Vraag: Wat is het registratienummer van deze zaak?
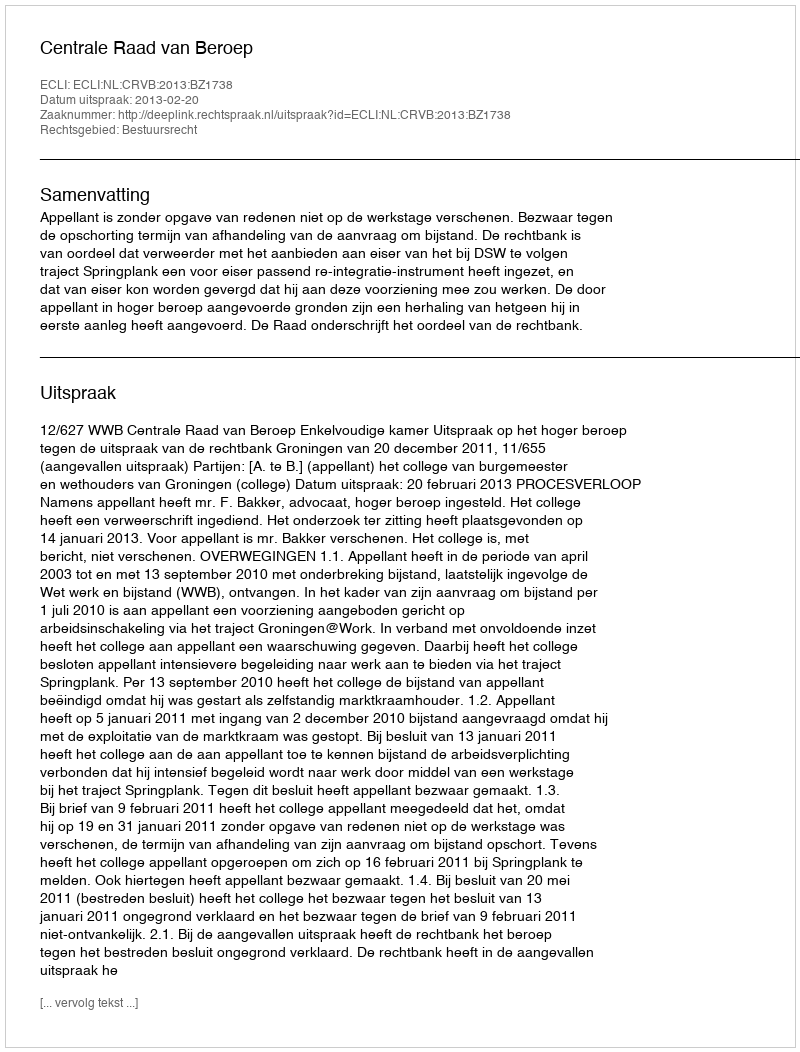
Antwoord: http://deeplink.rechtspraak.nl/uitspraak?id=ECLI:NL:CRVB:2013:BZ1738